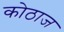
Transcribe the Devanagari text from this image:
कोठाज